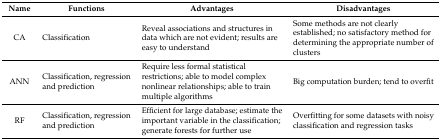
<table><thead><tr><td><b>Name</b></td><td><b>Functions</b></td><td><b>Advantages</b></td><td><b>Disadvantages</b></td></tr></thead><tbody><tr><td>CA</td><td>Classification</td><td>Reveal associations and structures in data which are not evident; results are easy to understand</td><td>Some methods are not clearly established; no satisfactory method for determining the appropriate number of clusters</td></tr><tr><td>ANN</td><td>Classification, regression and prediction</td><td>Require less formal statistical restrictions; able to model complex nonlinear relationships; able to train multiple algorithms</td><td>Big computation burden; tend to overfit</td></tr><tr><td>RF</td><td>Classification, regression and prediction</td><td>Efficient for large database; estimate the important variable in the classification; generate forests for further use</td><td>Overfitting for some datasets with noisy classification and regression tasks</td></tr></tbody></table>